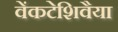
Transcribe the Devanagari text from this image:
वेंकटेशिवैया